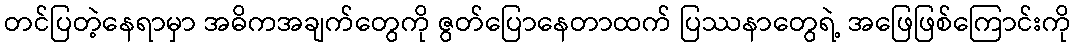
တင်ပြတဲ့နေရာမှာ အဓိကအချက်တွေကို ဇွတ်ပြောနေတာထက် ပြဿနာတွေရဲ့ အဖြေဖြစ်ကြောင်းကို